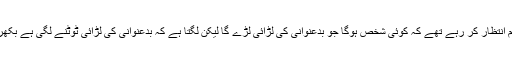
ملک کے عوام انتظار کر رہے تھے کہ کوئی شخص ہوگا جو بدعنوانی کی لڑائی لڑے گا لیکن لگتا ہے کہ بدعنوانی کی لڑائی ٹوٹنے لگی ہے بکھرنے لگی ہے۔